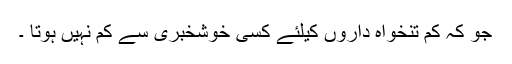
جو کہ کم تنخواہ داروں کیلئے کسی خوشخبری سے کم نہیں ہوتا ۔